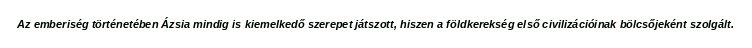
Az emberiség történetében Ázsia mindig is kiemelkedő szerepet játszott, hiszen a földkerekség első civilizációinak bölcsőjeként szolgált.